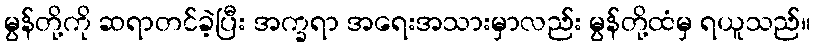
မွန်တို့ကို ဆရာတင်ခဲ့ပြီး အက္ခရာ အရေးအသားမှာလည်း မွန်တို့ထံမှ ရယူသည်။